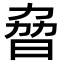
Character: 𣆕